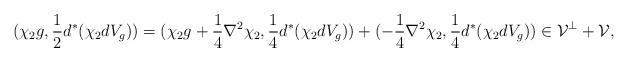
LaTeX: \begin{align*} (\chi_2 g,\frac{1}{2}d^*(\chi_2 dV_g))=(\chi_2 g+\frac{1}{4}\nabla^2\chi_2,\frac{1}{4}d^*(\chi_2 dV_g))+(-\frac{1}{4}\nabla^2 \chi_2,\frac{1}{4}d^*(\chi_2 dV_g))\in \mathcal{V}^\perp+\mathcal{V},\end{align*}